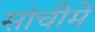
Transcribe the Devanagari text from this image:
सांचीमें